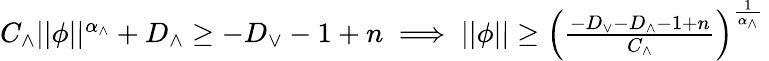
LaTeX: \begin{array}{r}{C_{\wedge}\vert\vert\phi\vert\vert^{\alpha_{\wedge}}+D_{\wedge}\geq-D_{\vee}-1+n\implies\vert\vert\phi\vert\vert\geq\left(\frac{-D_{\vee}-D_{\wedge}-1+n}{C_{\wedge}}\right)^{\frac{1}{\alpha_{\wedge}}}\, }\end{array}